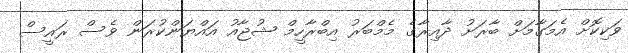
ވަކިކޮށް އެމަގާމަށް ބާރަށު ދާއިރާގެ މެމްބަރު އިބްރާހީމް ޝުޖާއު އައްޔަންކުރަން ވެސް ރައީސް